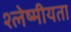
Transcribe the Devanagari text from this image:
श्लेष्मीयता